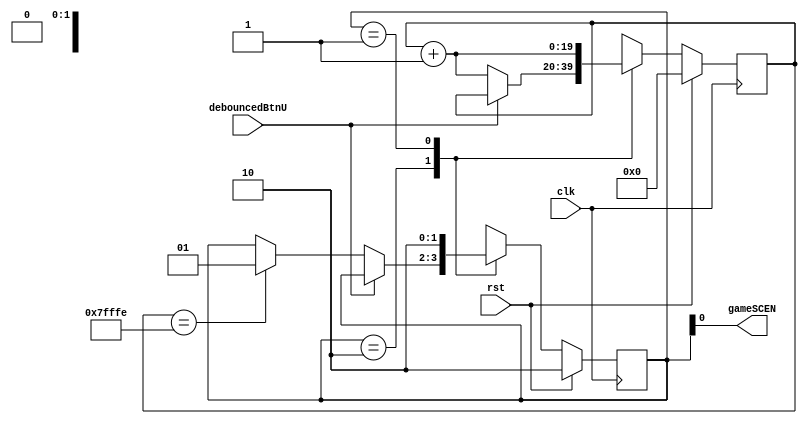
`timescale 1ns / 1ps


// Generates a gameSCEN which causes the game to advance a frame
// Has a synchronous reset
module GameEngine(
	input clk,
	input rst,
	input debouncedBtnU,
	output gameSCEN
   );
	
	reg [19:0] counter;
	reg [1:0] state;
	
	localparam
	WAIT	= 2'b10,
	ADVANCE = 2'b01;
	
	assign gameSCEN = state[0]; // SCEN corresponds to ADVANCE (the lsb of state)
	
	
	always @(posedge clk)
	begin
		if(rst)
		begin
			state <= WAIT;
			counter <= 0;
		end
		else
		begin
			case(state)				
				WAIT:
				begin
					if(~debouncedBtnU)
					begin
						if(counter == 19'b1111_1111_1111_1111_110) state <= ADVANCE;
						counter <= counter + 1;
					end
				end
				
				ADVANCE:
				//begin
					//if(debouncedBtnU)
					begin
						state <= WAIT;
						counter <= counter + 1;
					end
				//end
				default:
				begin
					state <= 2'bXX;
					counter <= 19'bXXXX_XXXX_XXXX_XXXX_XXX;
				end
				
			
			endcase
		end
	end
	
endmodule